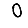
Digit: 0